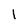
Character: l